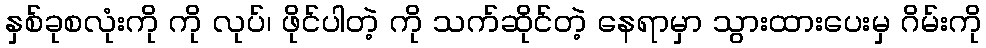
နှစ်ခုစလုံးကို ကို လုပ်၊ ဖိုင်ပါတဲ့ ကို သက်ဆိုင်တဲ့ နေရာမှာ သွားထားပေးမှ ဂိမ်းကို